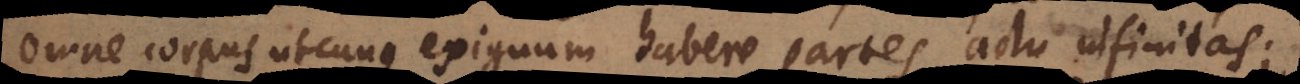
omne corpus utcunque exiguum habere partes actu infinitas;